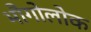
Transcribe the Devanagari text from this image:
भौगोलोक